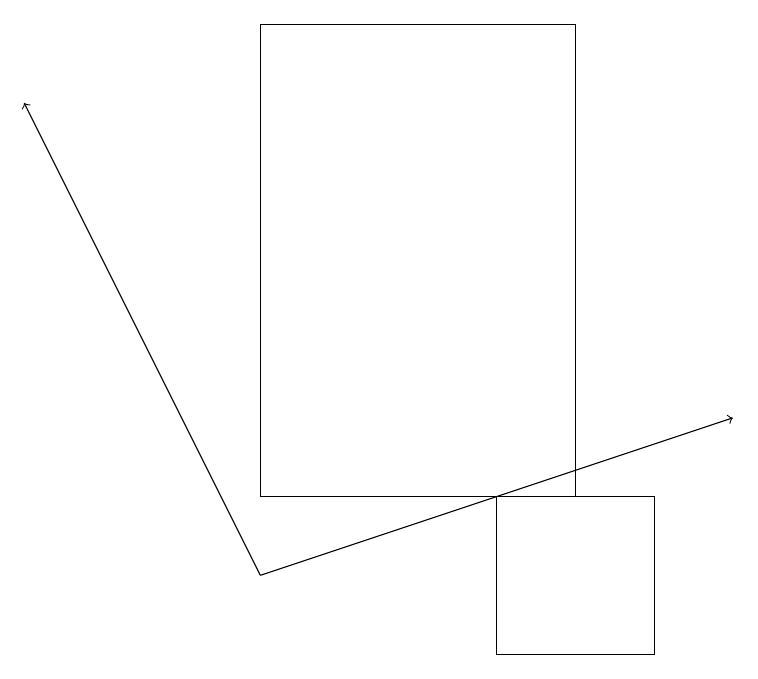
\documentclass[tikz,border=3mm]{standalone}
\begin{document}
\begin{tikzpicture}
\draw[->] (3,12) -- (9,14);
\draw[->] (3,12) -- (0,18);
\draw (8,13) rectangle (6,11);
\draw (7,13) rectangle (3,19);
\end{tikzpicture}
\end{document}